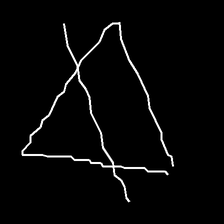
Glyph: empower